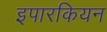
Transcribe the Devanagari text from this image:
इपारकियन